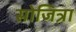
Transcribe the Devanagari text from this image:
सोजित्रा